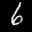
Label: 6